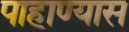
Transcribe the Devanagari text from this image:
पाहाण्यास